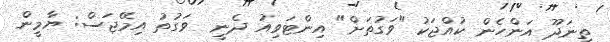
ތިނަދޫ އަންހެން ކުއްޖަކު "ވަގުތަށް" އިންޓަވިއު ދެނީ  ވަގުތު އިމޭޖަސް: ޔާމީން